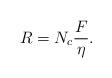
LaTeX: \begin{align*}R=N_c\frac{F}{\eta}.\end{align*}